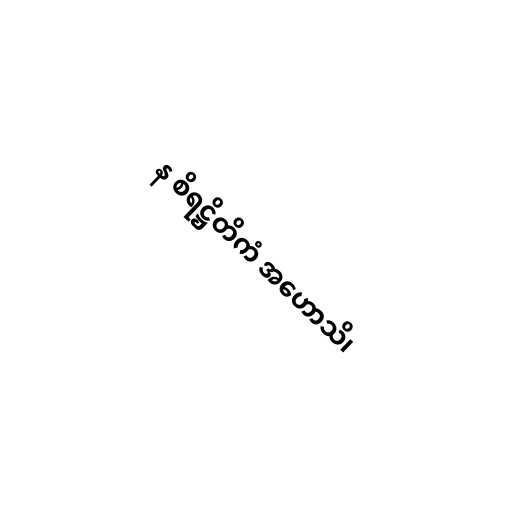
န စိရဋ္ဌိတိကံ အဟောသိ၊